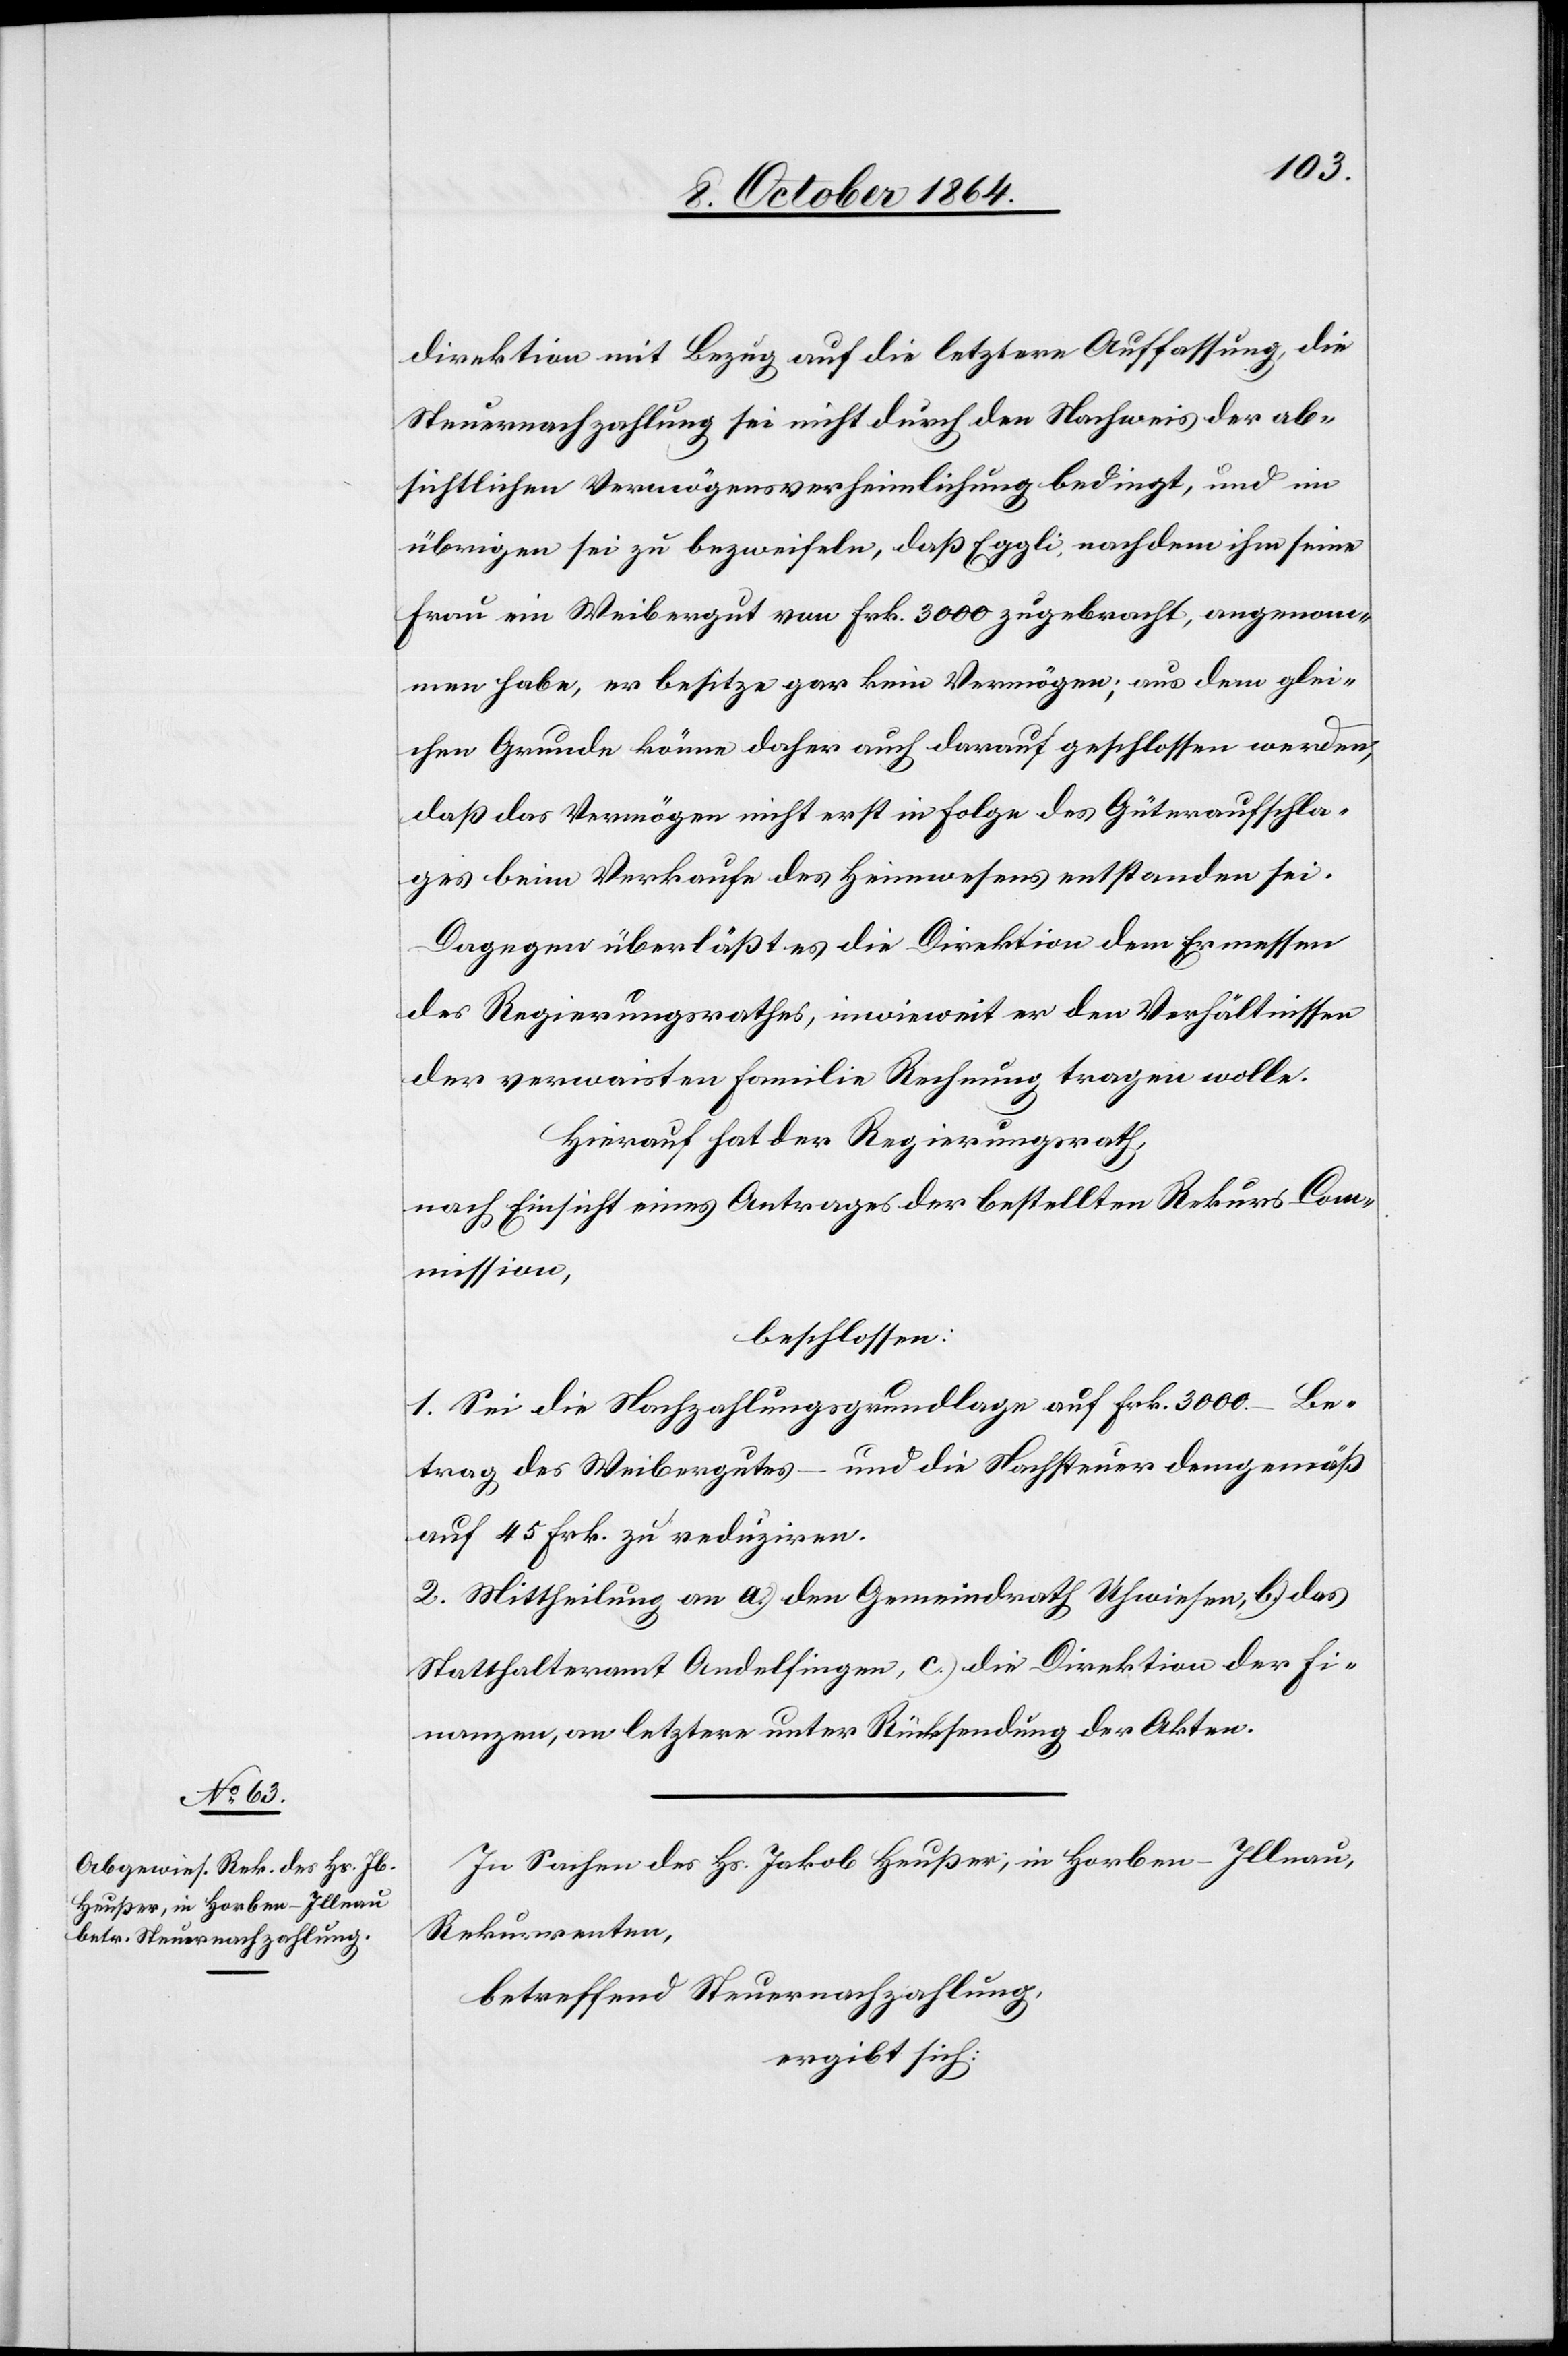
direktion mit Bezug auf die letztere Auffassung, die
Steuernachzahlung sei nicht durch den Nachweis der ab¬
sichtlichen Vermögensverheimlichung bedingt, und im
übrigen sei zu bezweifeln, daß Eggli, nachdem ihm seine
Frau ein Weibergut von Frk. 3000 zugebracht, angenom¬
men habe, er besitze gar kein Vermögen; aus dem glei¬
chen Grunde könne daher auch darauf geschlossen werden,
daß das Vermögen nicht erst in Folge des Güteraufschla¬
ges beim Verkaufe des Heimwesens entstanden sei.
Dagegen überläßt es die Direktion dem Ermessen
des Regierungsrathes, inwieweit er den Verhältnissen
der verwaisten Familie Rechnung tragen wolle.
Hierauf hat der Regierungsrath,
nach Einsicht eines Antrages der bestellten Rekurs-Com¬
mission,
beschlossen:
1. Sei die Nachzahlungsgrundlage auf Frk. 3000. – Be¬
trag des Weibergutes – und die Nachsteuer demgemäß
auf 45 Frk. zu reduziren.
2. Mittheilung an a.) den Gemeindrath Uhwiesen, b.) das
Statthalteramt Andelfingen, c.) die Direktion der Fi¬
nanzen, an letztere unter Rückstellung der Akten.
In Sachen des Hs. Jakob Heußer, in Horben-Illnau,
Rekurrenten,
betreffend Steuernachzahlung,
ergibt sich: